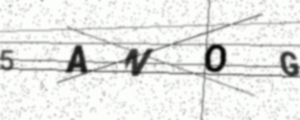
Text: 5ANOG